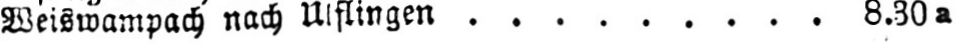
Weiswanpach nach Ulflingen ......... 8.30a